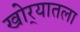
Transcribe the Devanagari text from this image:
खोर्‍यातला